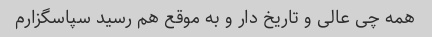
همه چی عالی و تاریخ دار و به موقع هم رسید سپاسگزارم